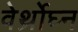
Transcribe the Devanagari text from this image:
वेर्थ्रोघ्न